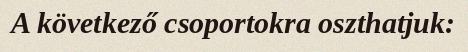
A következő csoportokra oszthatjuk: